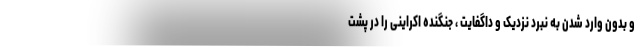
و بدون وارد شدن به نبرد نزدیک و داگفایت ، جنگنده اکراینی را در پشت